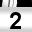
Digit: 2